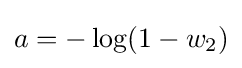
a=-\log(1-w_{2})